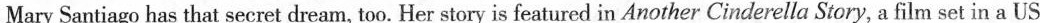
Mary Santiago has that secret dream, too. Her story is featured in Another Cinderella Story, a film set in a US